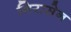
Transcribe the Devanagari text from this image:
निरासेन